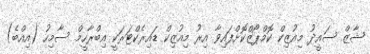
ޝާޒް ސައީދު މިއުޒިކް ކޮމްޕޯޒްކޮށްފައިވާ އިރު މިއުޒިކް ޑައިރެކްްޓަރަކީ އިބްރާހީމް ސާމިހު (އިއްބެ)